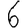
Digit: 6